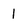
Character: 1